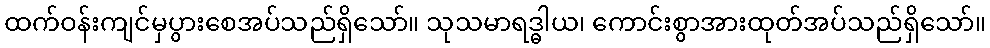
ထက်ဝန်းကျင်မှပွားစေအပ်သည်ရှိသော်။ သုသမာရဒ္ဓါယ၊ ကောင်းစွာအားထုတ်အပ်သည်ရှိသော်။